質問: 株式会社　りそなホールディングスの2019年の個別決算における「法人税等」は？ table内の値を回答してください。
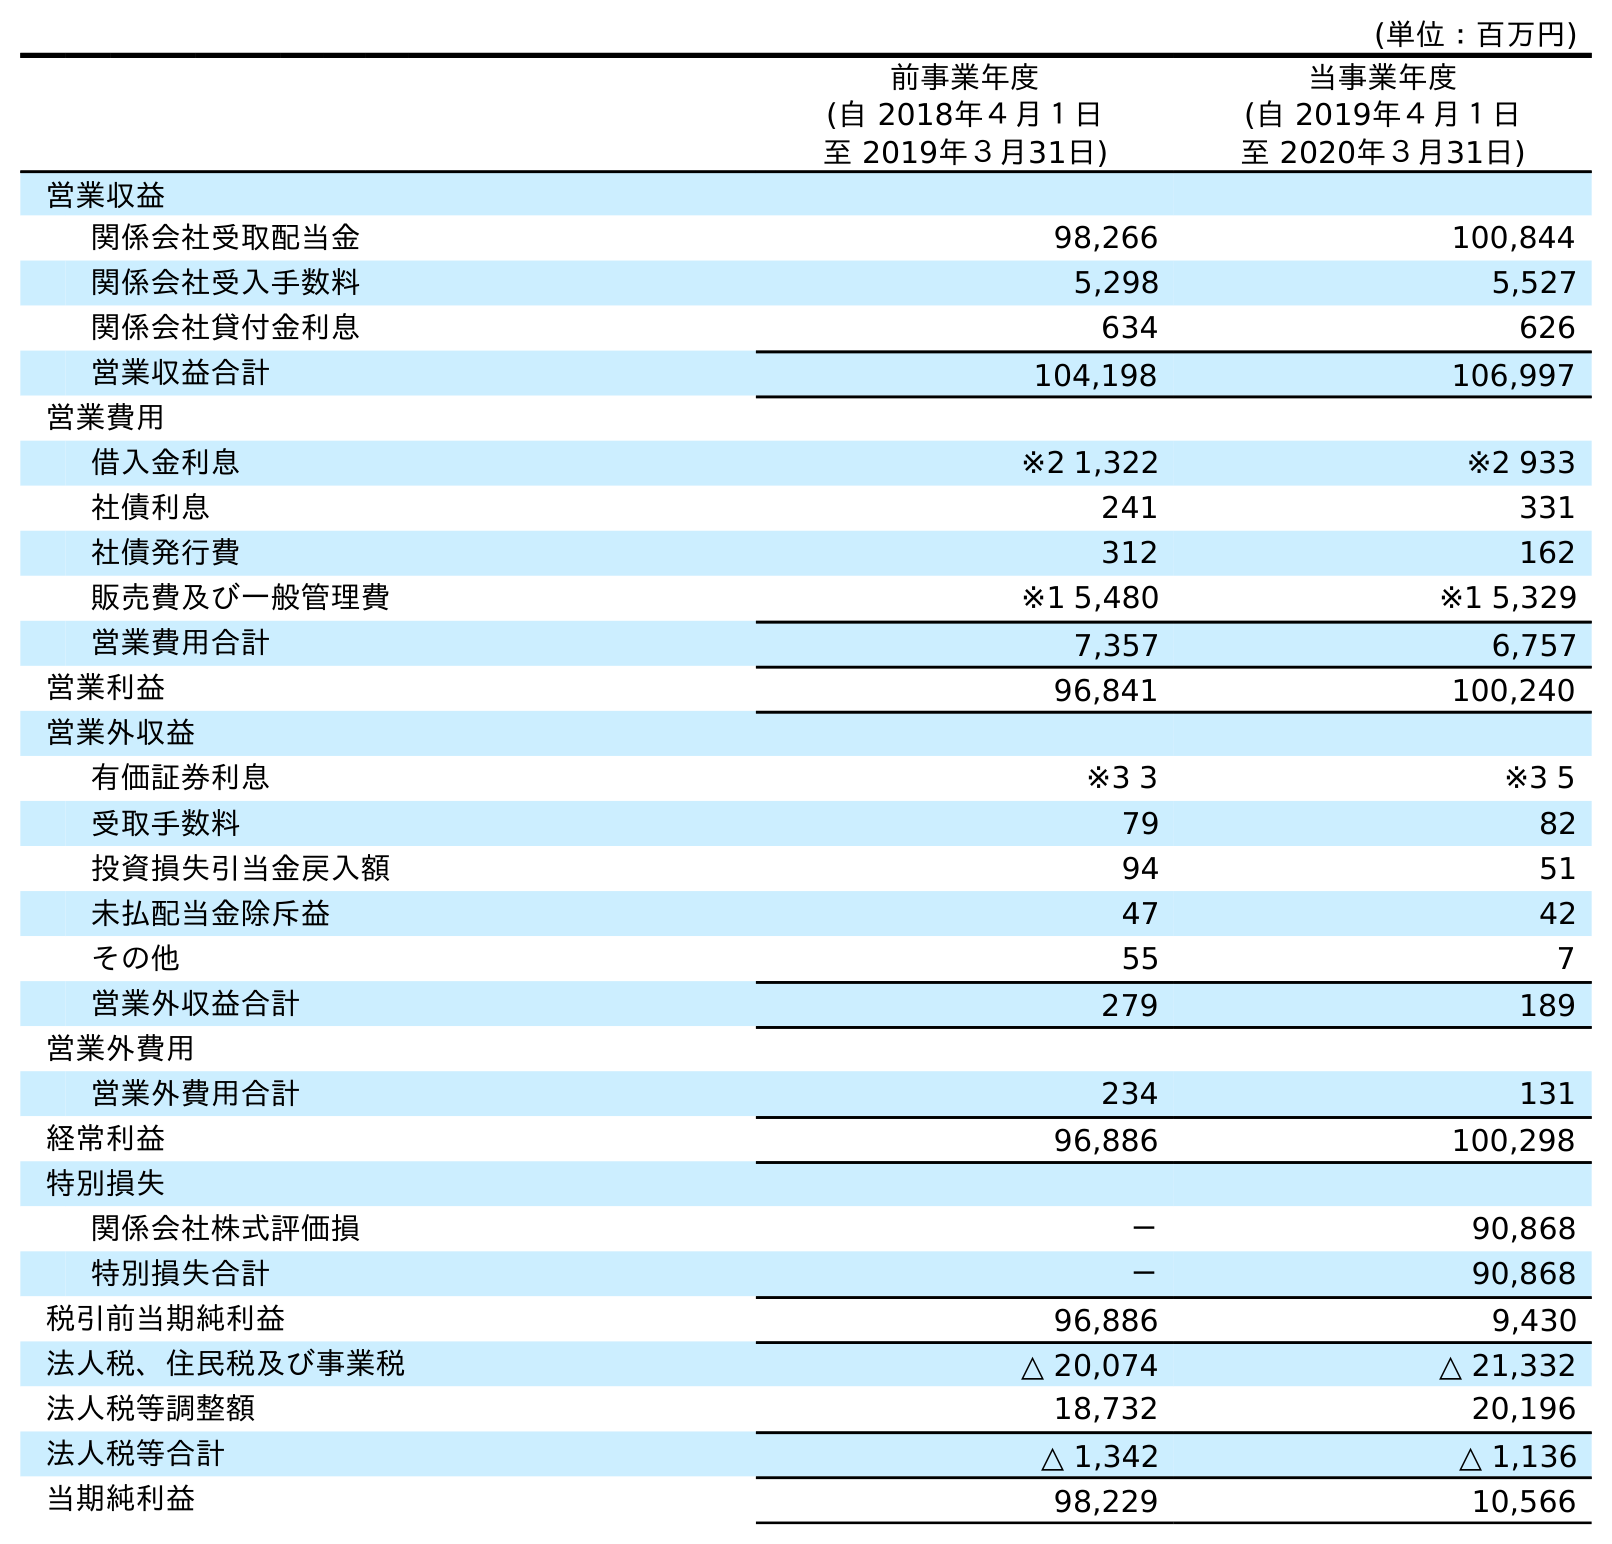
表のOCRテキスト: (単位：百万円) 前事業年度 (自 2018年４月１日 至 2019年３月31日) 当事業年度 (自 2019年４月１日 至 2020年３月31日) 営業収益 関係会社受取配当金 98,266 100,844 関係会社受入手数料 5,298 5,527 関係会社貸付金利息 634 626 営業収益合計 104,198 106,997 営業費用 借入金利息 ※2 1,322 ※2 933 社債利息 241 331 社債発行費 312 162 販売費及び一般管理費 ※1 5,480 ※1 5,329 営業費用合計 7,357 6,757 営業利益 96,841 100,240 営業外収益 有価証券利息 ※3 3 ※3 5 受取手数料 79 82 投資損失引当金戻入額 94 51 未払配当金除斥益 47 42 その他 55 7 営業外収益合計 279 189 営業外費用 営業外費用合計 234 131 経常利益 96,886 100,298 特別損失 関係会社株式評価損 － 90,868 特別損失合計 － 90,868 税引前当期純利益 96,886 9,430 法人税、住民税及び事業税 △ 20,074 △ 21,332 法人税等調整額 18,732 20,196 法人税等合計 △ 1,342 △ 1,136 当期純利益 98,229 10,566
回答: △1,342